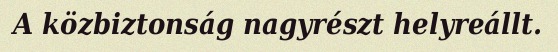
A közbiztonság nagyrészt helyreállt.